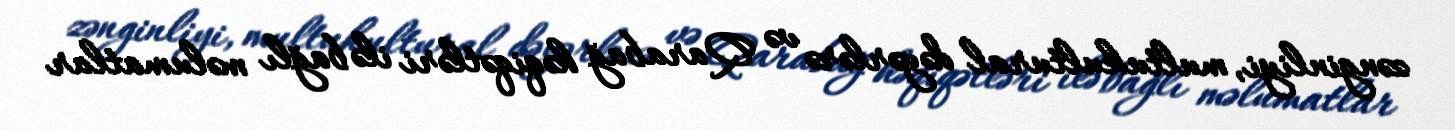
zənginliyi, multukultural dəyərlərə və Qarabağ həqiqətləri ilə bağlı məlumatlar